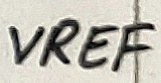
Text: VREF